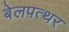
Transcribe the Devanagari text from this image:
बेलपत्थर